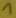
Text: 1